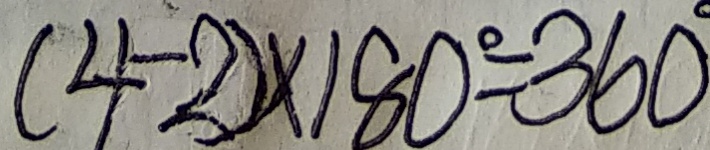
( 4 - 2 ) \times 1 8 0 ^ { \circ } = 3 6 0 ^ { \circ }